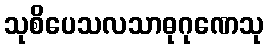
သုစိပေသလသာဓုဂုဏေသု